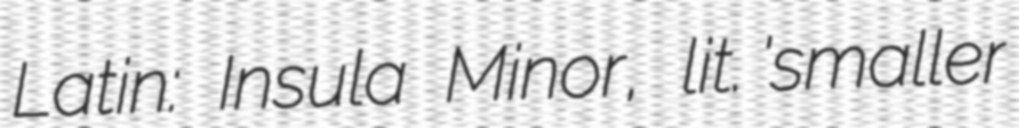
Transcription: Latin: Insula Minor, lit. 'smaller